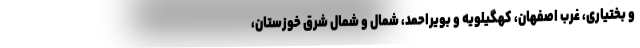
و بختیاری، غرب اصفهان، کهگیلویه و بویراحمد، شمال و شمال شرق خوزستان،